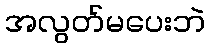
အလွတ်မပေးဘဲ